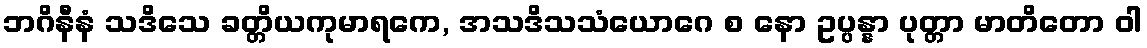
ဘဂိနီနံ သဒိသေ ခတ္တိယကုမာရကေ, အသဒိသသံယောဂေ စ နော ဥပ္ပန္နာ ပုတ္တာ မာတိတော ဝါ